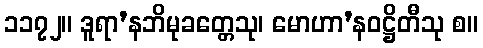
၁၁၇၂။ ဒူရာ’နဘိမုခတ္တေသု၊ မောဟာ’နဝဋ္ဌိတီသု စ။